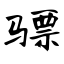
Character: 骠